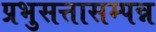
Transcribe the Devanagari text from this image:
प्रभुसत्तासम्पन्न